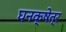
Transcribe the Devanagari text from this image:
घनक्षेत्र